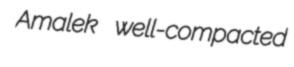
Amalek well-compacted